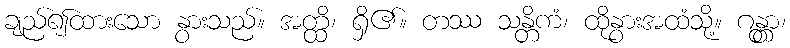
ချည်၍ထားသော နွားသည်။ အတ္ထိ၊ ရှိ၏။ တဿ သန္တိကံ၊ ထိုနွားအထံသို့။ ဂန္တွာ၊